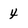
Character: 4